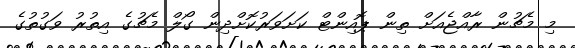
މި މެޗުން ރާއްޖެއަށް ތިން ޕޮއިންޓް ކަށަވަރުކޮށްދިން ގޯލް މެޗުގެ އިތުރު ވަގުތުގެ